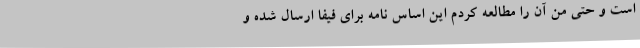
است و حتی من آن را مطالعه کردم این اساس نامه برای فیفا ارسال شده و